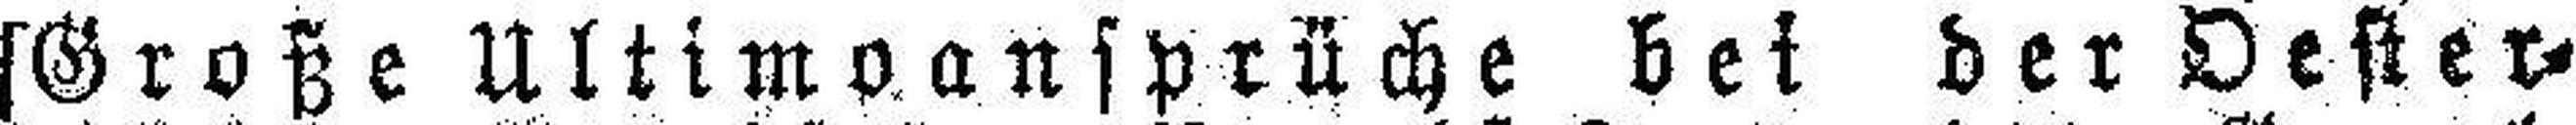
[Große Ultimoansprüche bei der Orster¬